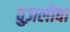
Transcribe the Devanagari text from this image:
वुज़लोबा